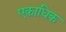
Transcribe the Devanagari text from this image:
एकाधिक